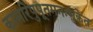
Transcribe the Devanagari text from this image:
कामरिपुपूतमनःसुकेत